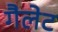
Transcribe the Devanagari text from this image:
गैलेट